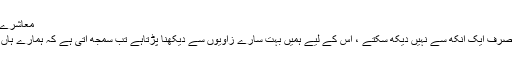
معاشرے کے مختلف زاویے
اس معاشرے کو ہم صرف ایک آنکھ سے نہیں دیکھ سکتے ، اس کے لیے ہمیں بہت سارے زاویوں سے دیکھنا پڑتاہے تب سمجھ آتی ہے کہ ہمارے ہاں کیا کچھ ہورہا ہے ۔